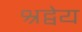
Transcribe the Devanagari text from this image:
श्रद्वेय